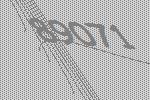
89071